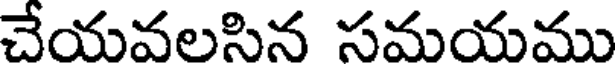
చేయవలసిన సమయము